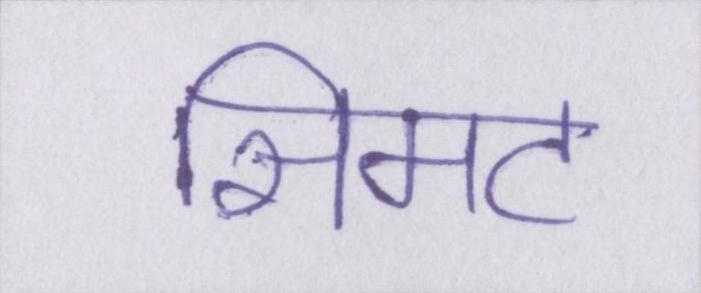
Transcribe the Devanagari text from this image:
सिमट